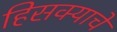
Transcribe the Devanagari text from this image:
हिसक्याचे